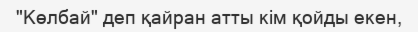
"Көлбай" деп қайран атты кім қойды екен,